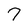
Character: 7